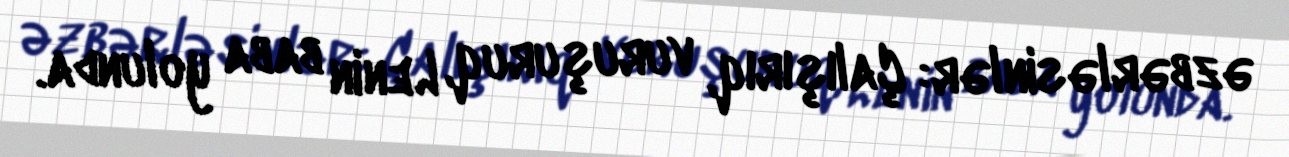
əzbərləsinlər: Çalışırıq, vuruşuruq, Lenin baba yolunda.